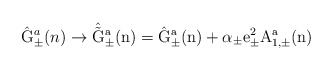
\begin{align*}\hat{\rm G}_{\pm}^a(n) \rightarrow \hat{\tilde{\rm G}}_{\pm}^a(n)=\hat{\rm G}_{\pm}^a(n) + \alpha_{\pm} e_{\pm}^2 A_{1,\pm}^a(n)\end{align*}